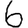
Digit: 6